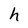
Character: h